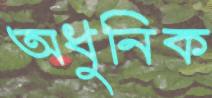
অধুনিক